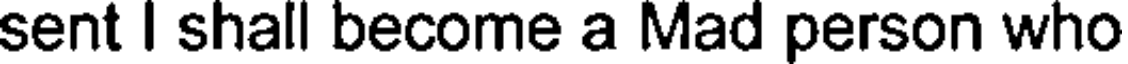
sent I shall become a Mad person who